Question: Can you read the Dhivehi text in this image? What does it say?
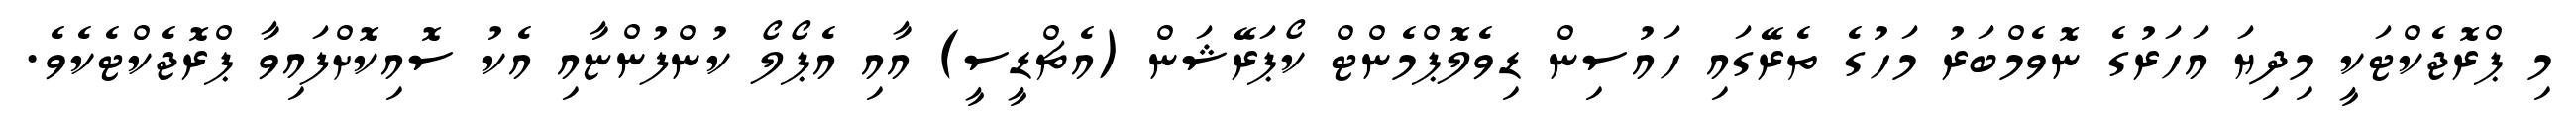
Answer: މި ޕްރޮޖެކްޓަކީ މިދިޔަ އަހަރުގެ ނޮވެމްބަރު މަހުގެ ތެރޭގައި ހައުސިން ޑިވެލޮޕްމެންޓް ކޯޕަރޭޝަން (އެޗްޑީސީ) އާއި އެޕޯލޯ ކުންފުންޏާއި އެކު ސޮއިކޮށްފައިވާ ޕްރޮޖެކްޓެކެވެ.